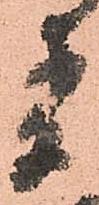
者